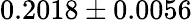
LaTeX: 0.2018\pm 0.0056